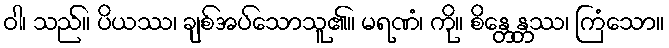
ဝါ၊ သည်။ ပိယဿ၊ ချစ်အပ်သောသူ၏။ မရဏံ၊ ကို။ စိန္တေန္တဿ၊ ကြံသော။